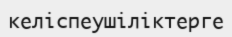
келіспеушіліктерге